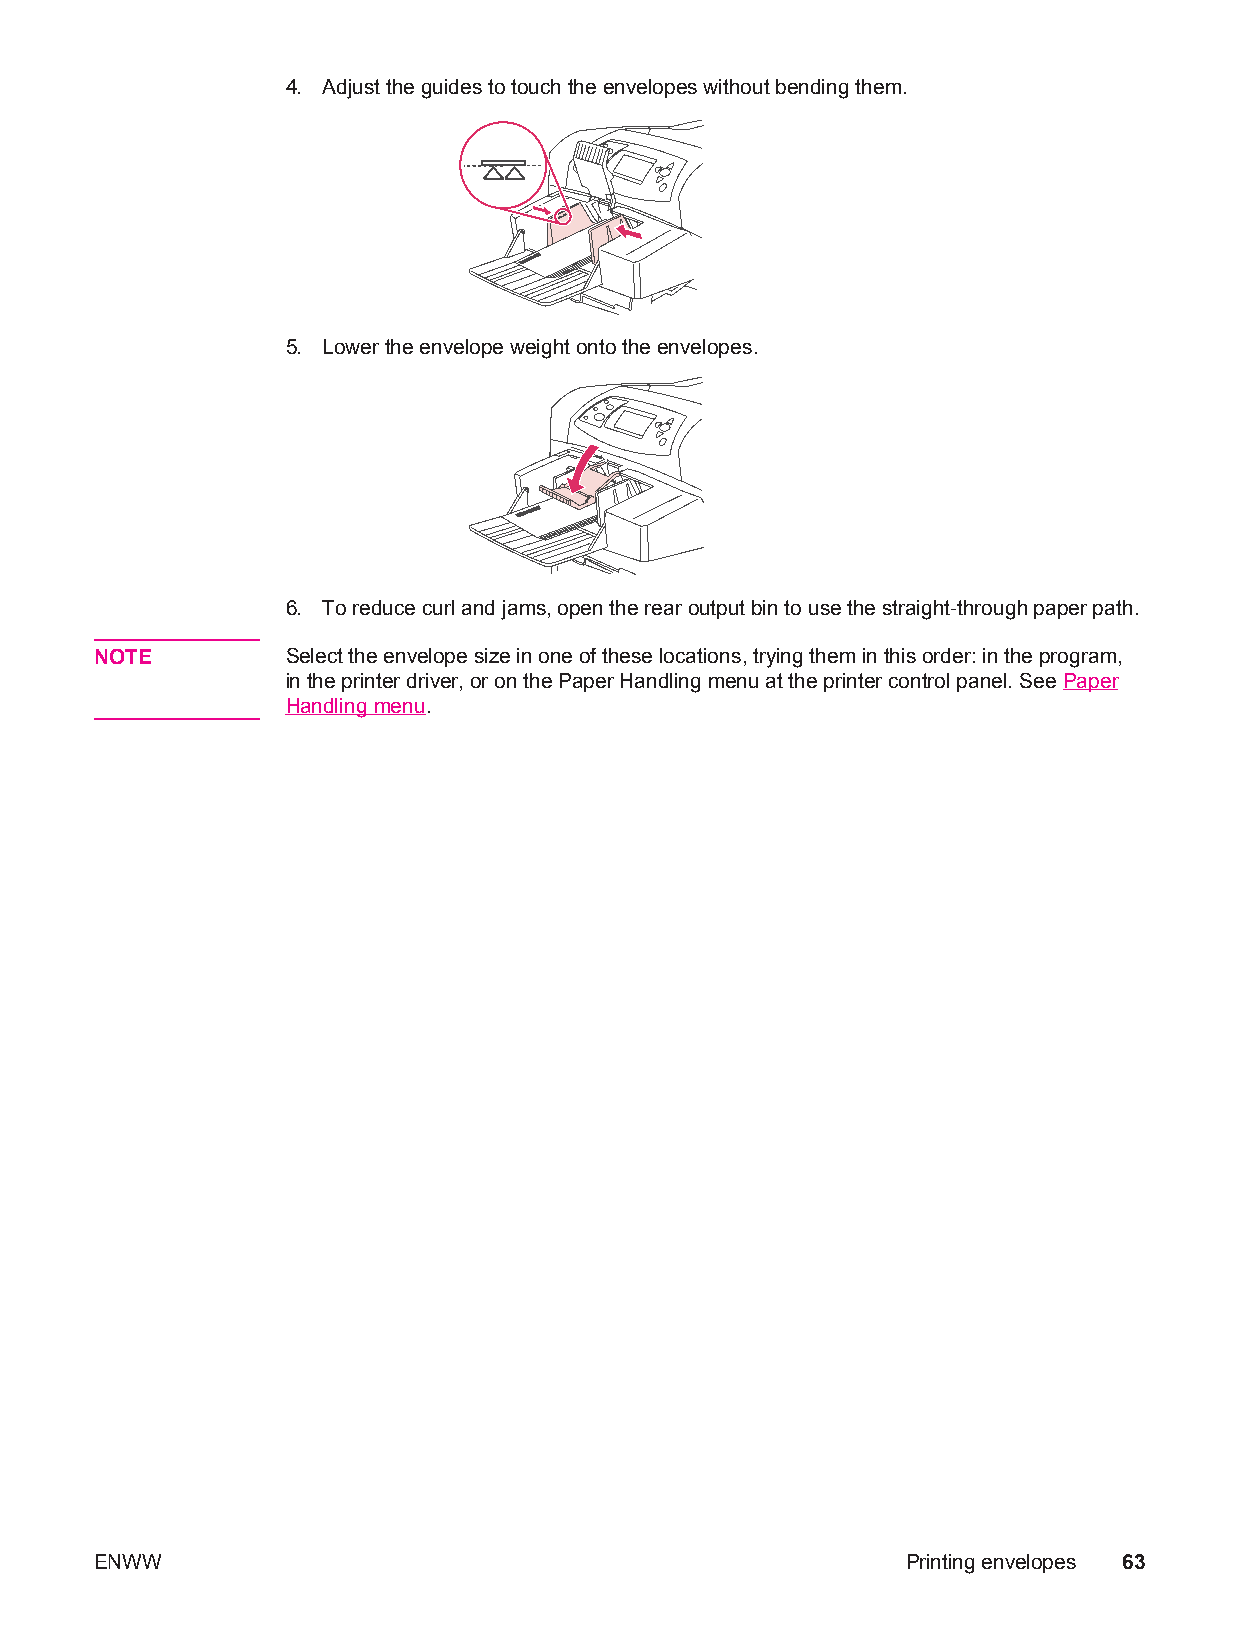
4. Adjust the guides to touch the envelopes without bending them.
 N
 E
 O
 N
 T
 W
 E
 W
 5
 6
 SniH
 .
 .
 ele
 ht
 na
 L
 T
 ced
 eht rewo
 ecuder o
 vne eht t
 d retnirp
 nem gnil
 ne
 uc
 ole
 vir
 .u
 olev
 na lr
 s ep
 o ,re
 evne eht otno thgiew ep
 o raer eht nepo ,smaj d
 acol eseht fo eno ni ezi
 gnildnaH repaP eht no r
 .sepol
 nib tuptu
 yrt ,snoit
 a unem
 ot
 gni
 ht t
 eht esu
 ni meht
 etnirp e
 epap hguorht-thgiarts
 gorp eht ni :redro siht
 P eeS .lenap lortnoc r
 sepolevne gnitnirP
 p r
 ar
 pa
 a
 me
 ht
 ,r
 6
 .
 3